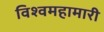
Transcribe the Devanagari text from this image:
विश्वमहामारी